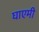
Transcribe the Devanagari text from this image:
घाएमी